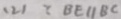
( 2 ) \because B E / / B C